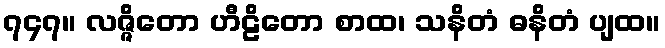
၇၄၇။ လဇ္ဇိတော ဟီဠိတော စာထ၊ သနိတံ ဓနိတံ ပျထ။